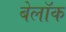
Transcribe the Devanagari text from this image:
बेलॉक